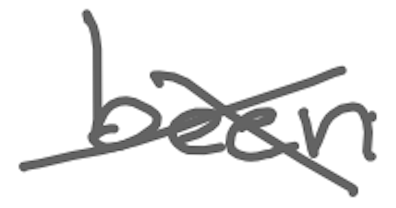
Text: been
Cross-out: cross
Writing tool: digital_gray